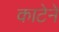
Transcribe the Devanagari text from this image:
काटेने